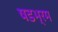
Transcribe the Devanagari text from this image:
षडभ्रम